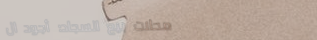
محلات بيع السجاد: أجود ال